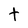
Character: t